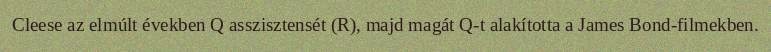
Cleese az elmúlt években Q asszisztensét (R), majd magát Q-t alakította a James Bond-filmekben.